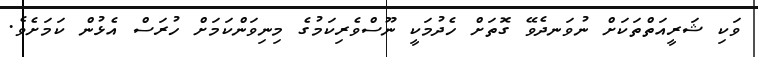
ވަކި ޝަރީއަތްތަކަށް ނުވަނދެވޭ ގޮތަށް ހެދުމަކީ ނޫސްވެރިކަމުގެ މިނިވަންކަމަށް ހުރަސް އެޅުން ކަމަށެވެ.